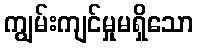
ကျွမ်းကျင်မှုမရှိသော